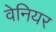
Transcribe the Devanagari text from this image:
वेनियर